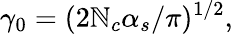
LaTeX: \gamma_{0}=(2\mathbb{N}_{c}\alpha_{s}/\pi)^{1/2},